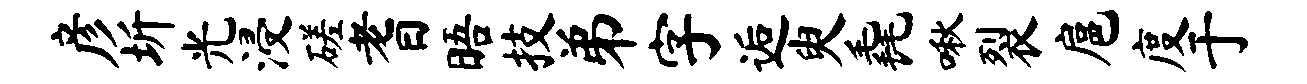
彦圻光浸磋耆晤技弟字逅臾毳啾裂扈度于